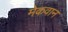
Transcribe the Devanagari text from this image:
मेकवान